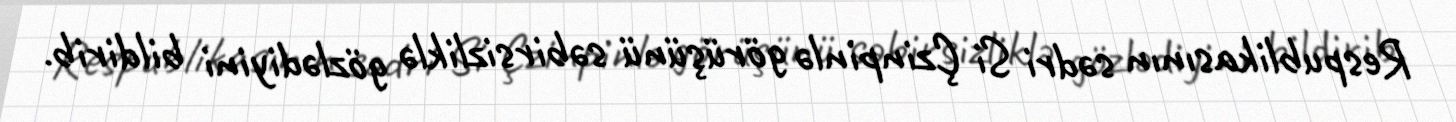
Respublikasının sədri Si Çzinpinlə görüşünü səbirsizliklə gözlədiyini bildirib.